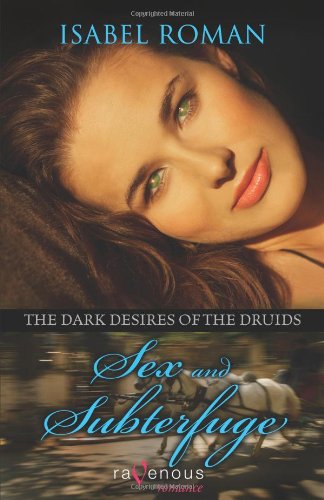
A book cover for Dark Desires of the Druids: Sex & Subterfuge: A Ravenous Romance; Isabel Roman; Romance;